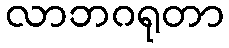
လာဘဂရုတာ